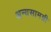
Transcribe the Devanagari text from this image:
अन्यसामग्री